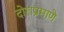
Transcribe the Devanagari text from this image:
दोराप्रमाणे